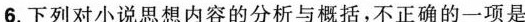
6.下列对小说思想内容的分析与概括，不正确的一项是